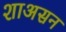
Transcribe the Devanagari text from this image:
शाअसन